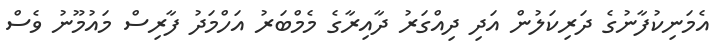
އެމަނިކުފާނުގެ ދަރިކަލުން އަދި ދިއްގަރު ދާއިރާގެ މެމްބަރު އަހްމަދު ފާރިސް މައުމޫނު ވެސް